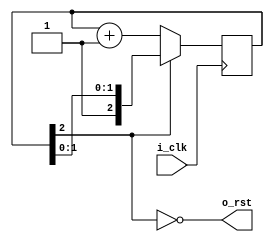
`default_nettype none

module reset_generator #(
  parameter COUNT_WIDTH = 2
) (
  input wire    i_clk,
  output wire   o_rst
);

  reg [COUNT_WIDTH:0]   rst_count = 0;
  assign o_rst = !rst_count[COUNT_WIDTH];

  always @(posedge i_clk) begin
    if (o_rst == 1) begin
      rst_count <= rst_count + 1;
    end
  end
endmodule